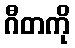
ဂီတကို